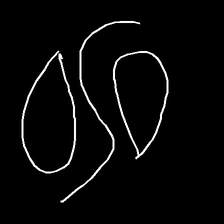
Glyph: water